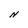
Character: N